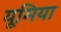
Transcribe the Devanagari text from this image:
यूमिया